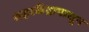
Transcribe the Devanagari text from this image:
शहरकेंद्रापासून